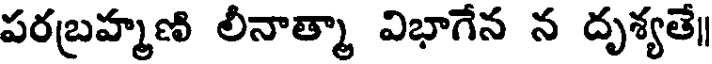
పరబ్రహ్మణి లీనాత్మా విభాగేన న దృశ్యతే